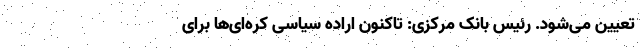
تعیین می‌شود. رئیس بانک مرکزی: تاکنون اراده سیاسی کره‌ای‌ها برای